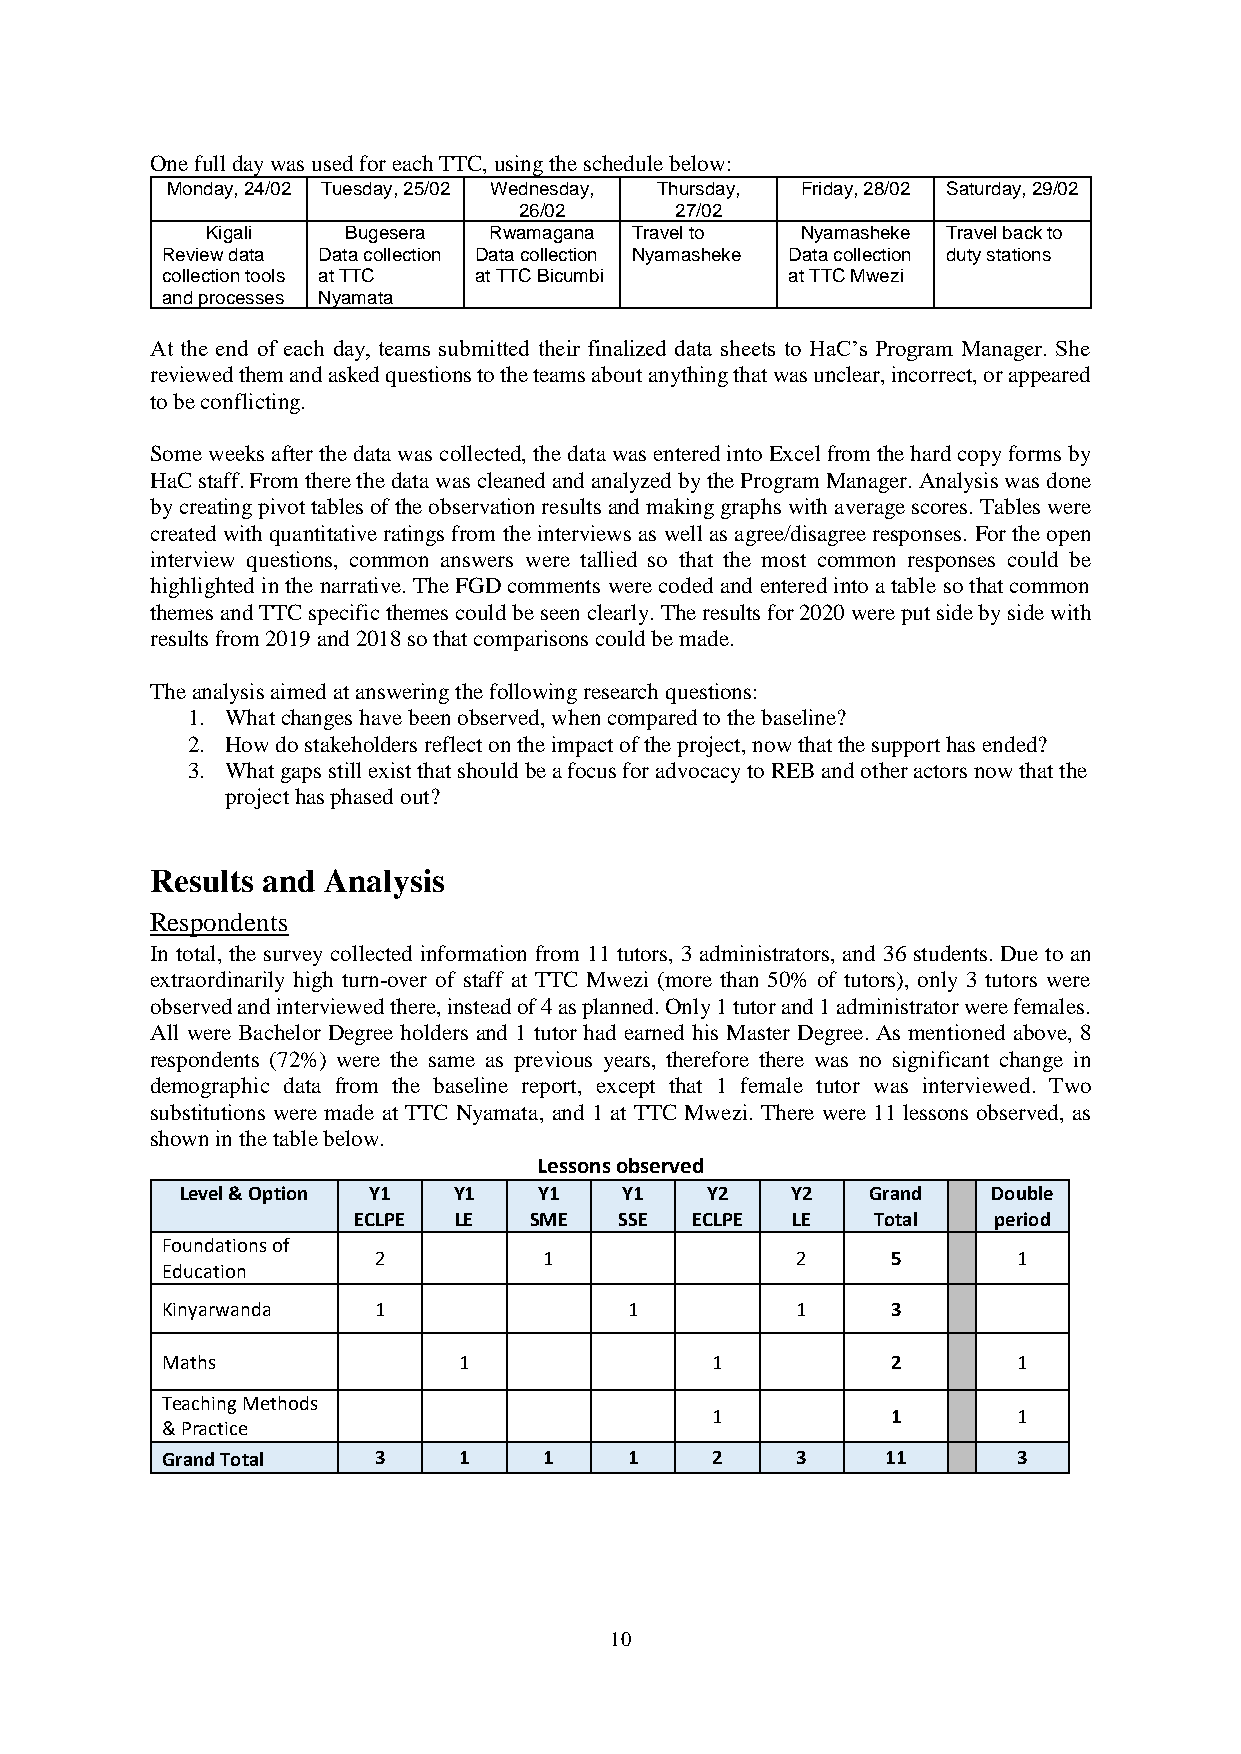
One full day was used for each TTC, using the schedule below:
 Monday, 24/02 Tuesday, 25/02 Wednesday, Thursday, Friday, 28/02 Saturday, 29/02
 26/02      27/02
 Kigali   Bugesera Rwamagana Travel to  Nyamasheke Travel back to
 Review data Data collection Data collection Nyamasheke Data collection duty stations
 collection tools at TTC at TTC Bicumbi   at TTC Mwezi
 and processes Nyamata
 At the end of each day, teams submitted their finalized data sheets to HaC’s Program Manager. She
 reviewed them and asked questions to the teams about anything that was unclear, incorrect, or appeared
 to be conflicting.
 Some weeks after the data was collected, the data was entered into Excel from the hard copy forms by
 HaC staff. From there the data was cleaned and analyzed by the Program Manager. Analysis was done
 by creating pivot tables of the observation results and making graphs with average scores. Tables were
 created with quantitative ratings from the interviews as well as agree/disagree responses. For the open
 interview questions, common answers were tallied so that the most common responses could be
 highlighted in the narrative. The FGD comments were coded and entered into a table so that common
 themes and TTC specific themes could be seen clearly. The results for 2020 were put side by side with
 results from 2019 and 2018 so that comparisons could be made.
 The analysis aimed at answering the following research questions:
 1. What changes have been observed, when compared to the baseline?
 2. How do stakeholders reflect on the impact of the project, now that the support has ended?
 3. What gaps still exist that should be a focus for advocacy to REB and other actors now that the
 project has phased out?
 Results and Analysis
 Respondents
 In total, the survey collected information from 11 tutors, 3 administrators, and 36 students. Due to an
 extraordinarily high turn-over of staff at TTC Mwezi (more than 50% of tutors), only 3 tutors were
 observed and interviewed there, instead of 4 as planned. Only 1 tutor and 1 administrator were females.
 All were Bachelor Degree holders and 1 tutor had earned his Master Degree. As mentioned above, 8
 respondents (72%) were the same as previous years, therefore there was no significant change in
 demographic data from the baseline report, except that 1 female tutor was interviewed. Two
 substitutions were made at TTC Nyamata, and 1 at TTC Mwezi. There were 11 lessons observed, as
 shown in the table below.
 Lessons observed
 Level & Option Y1 Y1    Y1   Y1    Y2   Y2    Grand   Double
 ECLPE  LE   SME   SSE  ECLPE LE    Total   period
 Foundations of
 2          1                2     5       1
 Education
 Kinyarwanda   1                1          1     3
 Maths              1                1           2       1
 Teaching Methods
 1           1       1
 & Practice
 Grand Total   3    1     1     1    2     3     11      3
 10